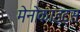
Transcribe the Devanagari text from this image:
मेनोकाइट्स